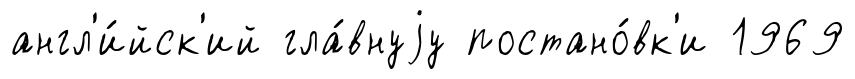
англ'и́йск'ий гла́внуjу постано́вк'и 1969